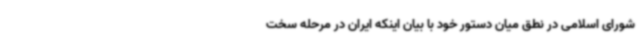
شورای اسلامی در نطق میان دستور خود با بیان اینکه ایران در مرحله‌ سخت